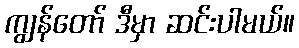
ကျွန်တော် ဒီမှာ ဆင်းပါမယ်။